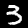
Label: 3